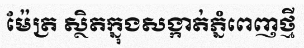
ម៉ែត្រ ស្ថិតក្នុងសង្កាត់ភ្នំពេញថ្មី